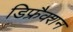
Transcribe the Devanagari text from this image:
डिफ्रैक्शन